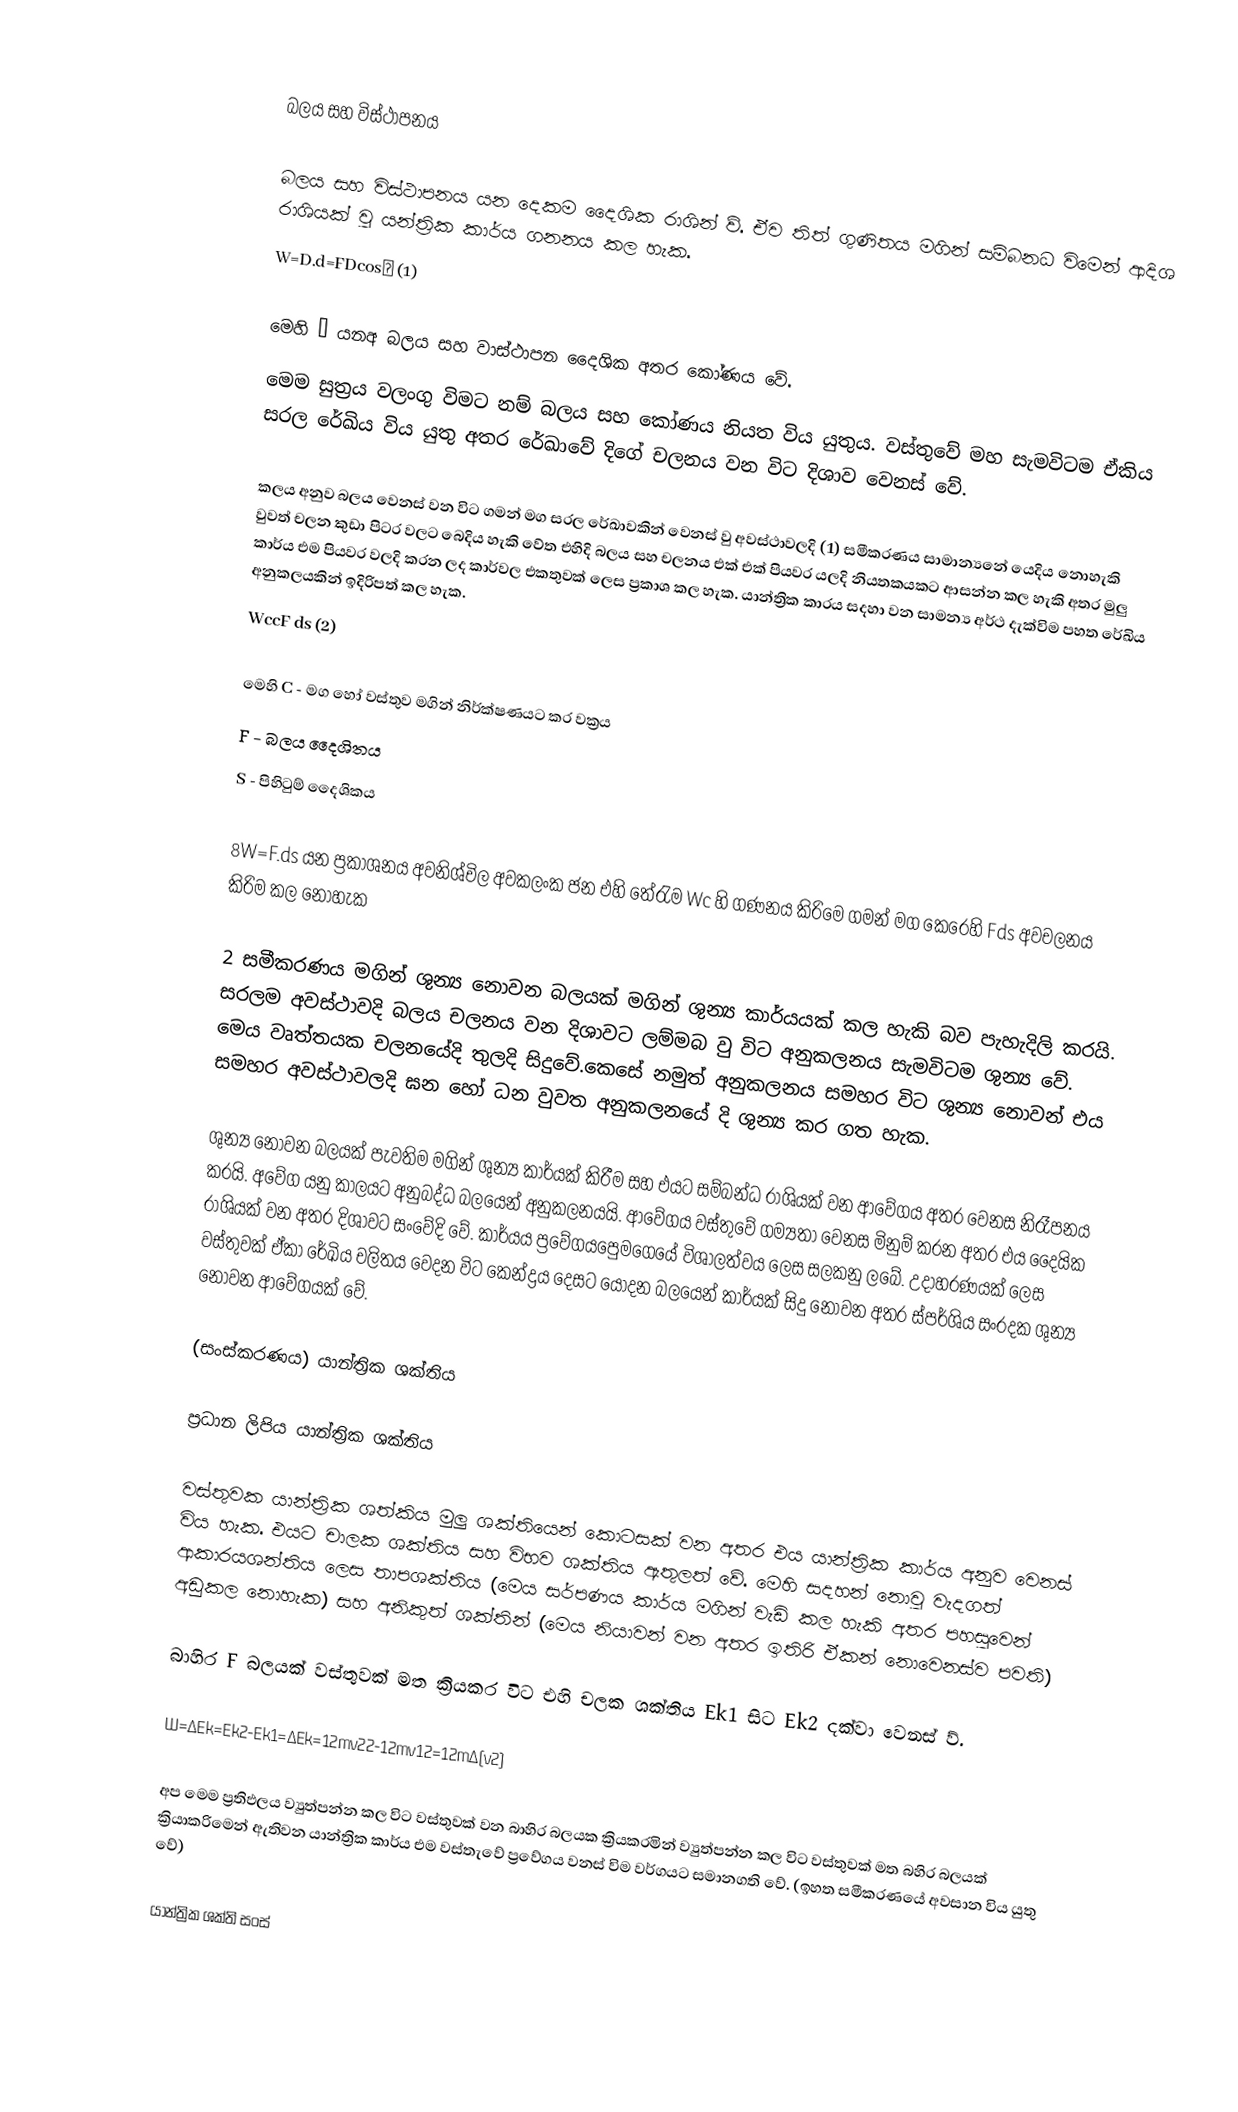

බලය සහ විස්ථාපනය

බලය සහ විස්ථාපනය යන දෙකම දෛශික රාශින් ව්. ඒව තිත් ගුණිතය මගින් සම්බනධ විමෙන් ආදිශ රාශියක් වු යන්ත්‍රික කාර්ය ගනනය කල හැක.
W=D.d=FDcos∅ (1)

මෙහි ∅ යනඅ බලය සහ වාස්ථාපන දෛශික අතර කෝණය වේ.
මෙම සුත්‍රය වලංගු විමට නම් බලය සහ කෝණය නියත විය යුතුය. වස්තුවේ මහ සැමවිටම ඒකිය සරල රේඛිය විය යුතු අතර රේඛාවේ  දිගේ චලනය වන විට‍ දිශාව වෙනස් වේ.

කලය අනුව බලය වෙනස් වන විට ගමන් මග සරල රේඛාවකින් වෙනස් වු අවස්ථාවලදි (1) සමීකරණය සාමාන්‍යනේ යෙදිය නොහැකි වුවත් චලන කුඩා පිටර වලට බෙදිය හැකි වේත එහිදි බලය සහ චලනය එක් එක් පියවර යලදි නියතකයකට ආසන්න කල හැකි අතර මුලු කාර්ය එම පියවර වලදි කරන ලද කාර්වල එකතුවක් ලෙස ප්‍රකාශ කල හැක. යාන්ත්‍රික කාරය සදහා වන සාමන්‍ය අර්ථ දැක්විම පහත රේඛිය අනුකලයකින් ඉදිරිපත් කල හැක.
WccF ds (2)

මෙහි	C	- මග හෝ වස්තුව මගින් නිර්ක්ෂණයට කර වක්‍රය
F	- බලය දෛශිතය
S	- පිහිටුම් දෛශිකය

8W=F.ds යන ප්‍රකාශනය අවනිශ්චිල අවකලංක ජන එහි තේරැම Wc හි ගණනය කිරිමෙ ගමන් මග කෙරෙහි   Fds අවචලනය කිරිම කල නොහැක

2 සමීකරණය මගින් ශුන්‍ය නොවන බලයක් මගින් ශුන්‍ය කාර්යයක් කල හැකි බව පැහැදිලි කරයි. සරලම අවස්ථාවදි බලය චලනය වන දිශාවට ලම්මබ වු විට අනුකලනය සැමවිටම ශුන්‍ය වේ. මෙය වෘත්තයක චලනයේදි තුලදි සිදුවේ.කෙසේ නමුත් අනුකලනය සමහර විට ශුන්‍ය නොවන් එය සමහර අවස්ථාවලදි ඝන හෝ ධන වුවත අනුකලනයේ දි ශුන්‍ය කර ගත හැක.

ශුන්‍ය නොවන බලයක් පැවතිම මගින් ශුන්‍ය කාර්යක් කිරීම සහ එයට සම්බන්ධ රාශියක් වන ආවේගය අතර වෙනස නිරෑපනය කරයි. අවේග යනු කාලයට අනුබද්ධ බලයෙන් අනුකලනයයි. ආවේගය වස්තුවේ ගම්‍යතා වෙනස මිනුම් කරන අතර එය දෛයික රාශියක් වන අතර දිශාවට සංවේදි වේ. කාර්යය ප්‍රවේගය‍පෙුමගෙයේ විශාලත්වය ලෙස සලකනු ලබේ. උදාහරණයක් ලෙස වස්තුවක් ඒකා රේඛිය චලිතය වෙදන විට කෙන්ද්‍රය දෙසට යොදන බල‍යෙන් කාර්යක් සිදු නොවන අතර ස්පර්ශිය සංරදක ශුන්‍ය නොවන ආවේගයක් වේ.

(සංස්කරණය) යාන්ත්‍රික ශක්තිය

ප්‍රධාන ලිපිය යාන්ත්‍රික ශක්තිය

වස්තුවක යාන්ත්‍රික ශත්කිය මුලු ශක්තියෙන් කොටසක් වන අතර එය යාන්ත්‍රික කාර්ය අනුව වෙනස් විය හැක. එයට චාලක ශක්තිය සහ විභව ශක්තිය ඇතුලත් වේ. මෙහි සදහන් නොවු වැදගත් ආකාරයශන්තිය ලෙස තාපශක්තිය (මෙය සර්පණය කාර්ය මගින් වැඩි කල හැකි අතර පහසුවෙන් අඩුකල නොහැක) සහ අනිකුත් ශක්තින් (මෙය නියාවන් වන අතර ඉතිරි ඒකන් නොවෙනස්ව පවති)

බාහිර F  බලයක් වස්තුවක් මත ක්‍රියකර විට එහි චලක ශක්තිය Ek1  සිට Ek2 දක්වා වෙනස් ව්.

W=∆Ek=Ek2-Ek1=∆Ek=12mv22-12mv12=12m∆(v2)

අප මෙම ප්‍රතිඵලය ව්‍යුත්පන්න කල විට වස්තුවක් වන බාහිර බලයක ක්‍රියකරමින් ව්‍යුත්පන්න කල විට වස්තුවක් මත බහිර බලයක් ක්‍රියාකරිමෙන් ඇතිවන යාන්ත්‍රික කාර්ය එම වස්තැවේ ප්‍රවේගය වනස් විම වර්ගයට සමානගති වේ. (ඉහත සමීකරණයේ අවසාන   විය යුතු වේ)

යාන්ත්‍රික ශක්ති සංස්